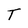
Character: T